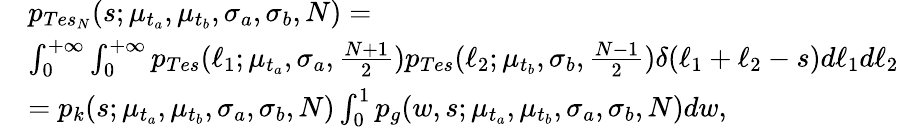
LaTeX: \begin{array}{rl}&{p_{Tes_{N}}(s;\mu_{t_{a}},\mu_{t_{b}},\sigma_{a},\sigma_{b},N)=}\\ &{\int_{0}^{+\infty}\int_{0}^{+\infty}p_{Tes}(\ell_{1};\mu_{t_{a}},\sigma_{a},\frac{N+1}{2})p_{Tes}(\ell_{2};\mu_{t_{b}},\sigma_{b},\frac{N-1}{2})\delta(\ell_{1}+\ell_{2}-s)d\ell_{1}d\ell_{2}}\\ &{=p_{k}(s;\mu_{t_{a}},\mu_{t_{b}},\sigma_{a},\sigma_{b},N)\int_{0}^{1}p_{g}(w,s;\mu_{t_{a}},\mu_{t_{b}},\sigma_{a},\sigma_{b},N)dw,}\end{array}